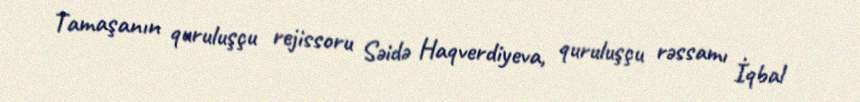
Tamaşanın quruluşçu rejissoru Səidə Haqverdiyeva, quruluşçu rəssamı İqbal